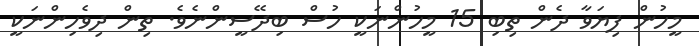
މީހުން ފިޔަވާ ދެން ތިބި 15 މީހުންނަކީ ހުސް ބިދޭސީންނެވެ. ތިން ދިވެހިންނަކީ